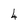
Character: 4